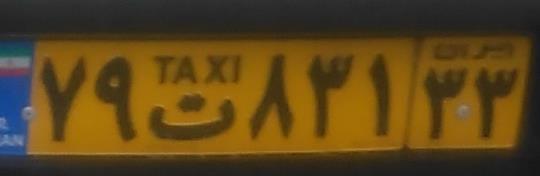
۷۹ت۸۳۱۳۳